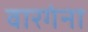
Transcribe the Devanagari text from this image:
वारगंना